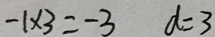
- 1 \times 3 = - 3 d = 3